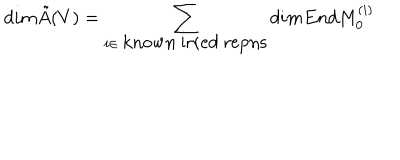
d i m \tilde { A } ( V ) = \sum _ { i \in \mathrm { k n o w n ~ i r r e d ~ r e p n s } } d i m E n d M _ { 0 } ^ { ( i ) }